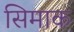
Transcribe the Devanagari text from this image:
सिमाक